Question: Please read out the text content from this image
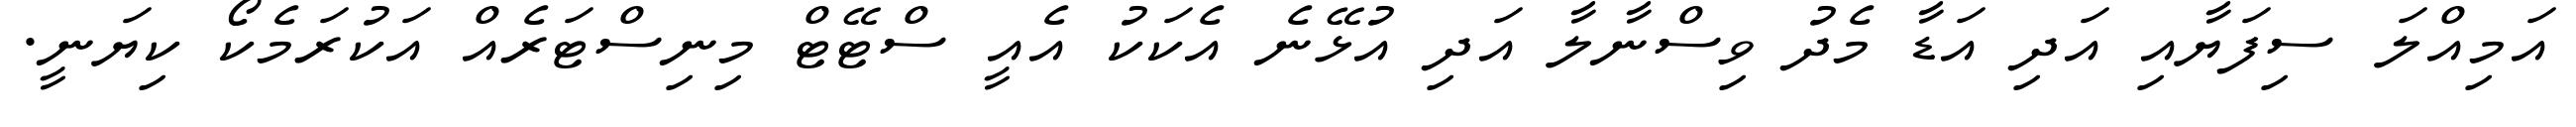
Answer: އަމިއްލަ ސިފަޔާއި އަދި އަޑާ މެދު ވިސްނާލާ އަދި އުޅޭނެ އެކަކު އެއީ ސްޓޭޓް މިނިސްޓަރެއް އަކުރަމެކޯ ކިޔަނީ.